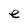
Character: e